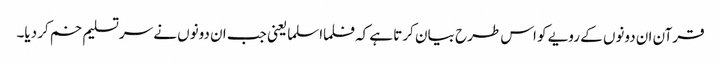
قرآن ان دونوں کے رویے کو اس طرح بیا ن کرتا ہے کہ فلما اسلما یعنی جب ان دونوں نے سرتسلیم خم کر دیا۔